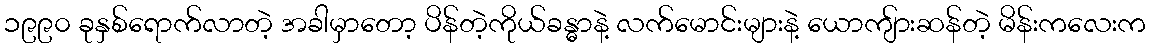
၁၉၉၀ ခုနှစ်ရောက်လာတဲ့ အခါမှာတော့ ပိန်တဲ့ကိုယ်ခန္ဓာနဲ့ လက်မောင်းများနဲ့ ယောကျ်ားဆန်တဲ့ မိန်းကလေးက